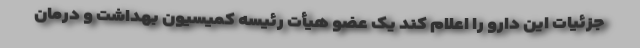
جزئیات این دارو را اعلام کند یک عضو هیأت رئیسه کمیسیون بهداشت و درمان